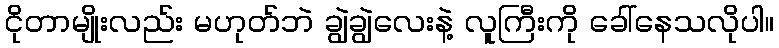
ငိုတာမျိုးလည်း မဟုတ်ဘဲ ချွဲချွဲလေးနဲ့ လူကြီးကို ခေါ်နေသလိုပါ။